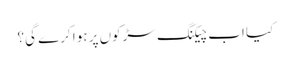
کیا اب چیکنگ سڑکوں پر ہوا کرے گی؟